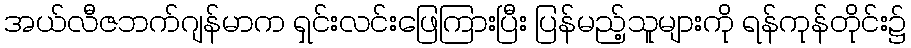
အယ်လီဇဘက်ဂျန်မာက ရှင်းလင်းဖြေကြားပြီး ပြန်မည့်သူများကို ရန်ကုန်တိုင်း၌